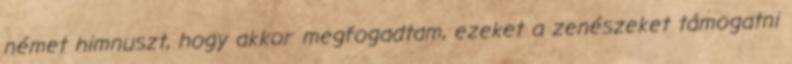
német himnuszt, hogy akkor megfogadtam, ezeket a zenészeket támogatni